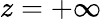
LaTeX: z=+\infty